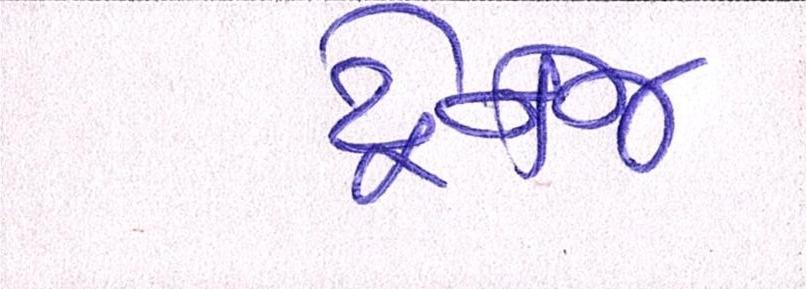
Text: ડ્રેનેજ